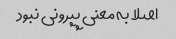
اصلا به معنی پپرونی نبود